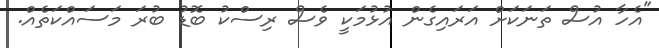
"އެހާ އުސް ތަނަކަށް އަރައިގެން އުޅުމަކީ ވެސް ރިސްކު ބޮޑު ބުރަ މަސައްކަތެއް.